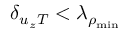
\delta _ { { u _ { z } } T } < \lambda _ { \rho _ { \mathrm { m i n } } }